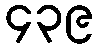
၄၃၉